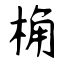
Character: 桷